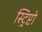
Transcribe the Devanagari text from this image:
स्ट्रिप्टो